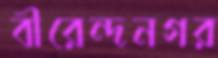
বীরেন্দনগর